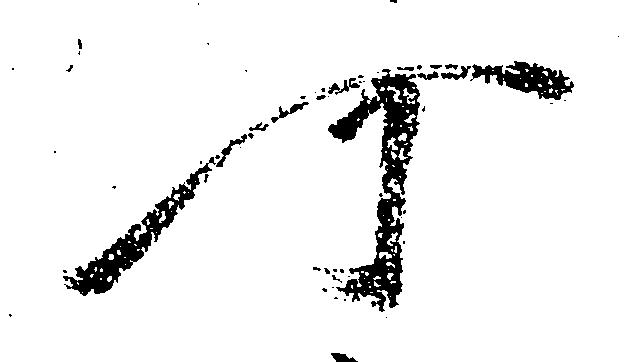
可